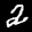
Label: 2